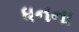
ધનના